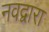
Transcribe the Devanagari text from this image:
नवद्वारा